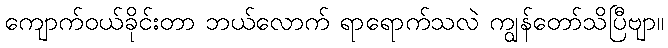
ကျောက်ဝယ်ခိုင်းတာ ဘယ်လောက် ရာရောက်သလဲ ကျွန်တော်သိပြီဗျာ။